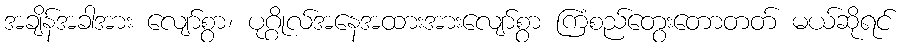
အချိန်အခါအား လျော်စွာ၊ ပုဂ္ဂိုလ်အနေအထားအားလျော်စွာ ကြံစည်တွေးတောတတ် မယ်ဆိုရင်